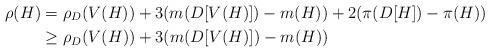
LaTeX: \begin{align*}\rho(H) &= \rho_D(V(H)) + 3(m(D[V(H)]) - m(H)) + 2(\pi(D[H]) - \pi(H)) \\&\geq \rho_D(V(H)) + 3(m(D[V(H)]) - m(H))\end{align*}